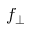
f _ { \perp }